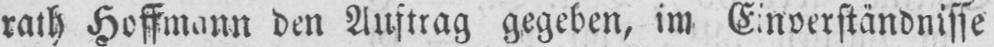
rath Hossmann den Auftrag gegeben, im Einverständnisse